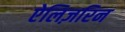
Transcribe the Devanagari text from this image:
ऐलिज़रिन